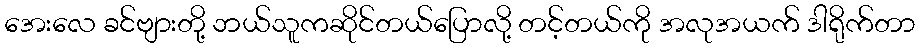
အေးလေ ခင်ဗျားတို့ ဘယ်သူကဆိုင်တယ်ပြောလို့ တင့်တယ်ကို အလုအယက် ဒါရိုက်တာ